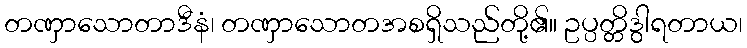
တဏှာသောတာဒီနံ၊ တဏှာသောတအစရှိသည်တို့၏။ ဥပ္ပတ္တိဒွါရတာယ၊